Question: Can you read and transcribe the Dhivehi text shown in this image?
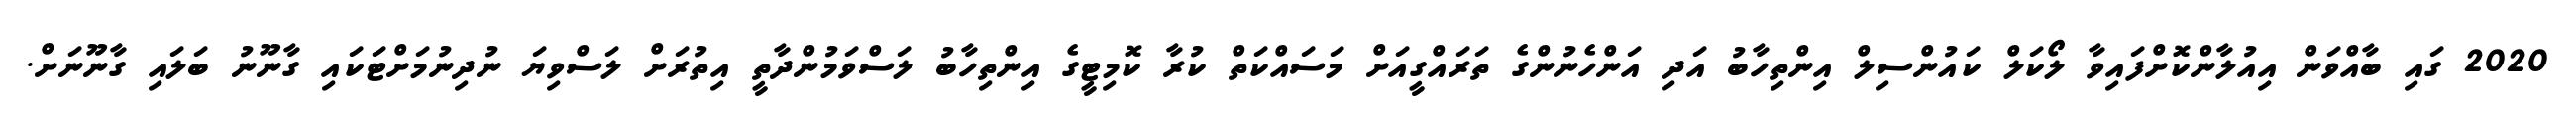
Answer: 2020 ގައި ބާއްވަން އިއުލާންކޮށްފައިވާ ލޯކަލް ކައުންސިލް އިންތިހާބު އަދި އަންހެނުންގެ ތަރައްގީއަށް މަސައްކަތް ކުރާ ކޮމިޓީގެ އިންތިހާބު ލަސްވަމުންދާތީ އިތުރަށް ލަސްވިޔަ ނުދިނުމަށްޓަކައި ގާނޫނު ބަލައި ގާނޫނަށް.